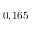
0 . 1 6 5